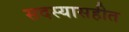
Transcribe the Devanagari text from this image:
सदस्यासहीत